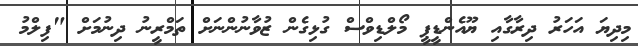
މިދިޔަ އަހަރު ދިރާގާއި ޔޫއެންޑީޕީ މޯލްޑިވްސް ގުޅިގެން ޒުވާނުންނަށް ތަމްރީނު ދިނުމަށް "ފިލްމު